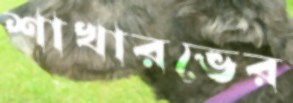
শাখারভের